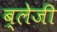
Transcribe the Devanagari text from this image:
ब्लेजी